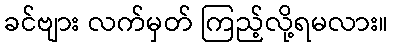
ခင်ဗျား လက်မှတ် ကြည့်လို့ရမလား။